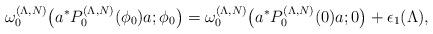
LaTeX: \begin{align*}\omega_0^{(\Lambda,N)}\bigl(a^\ast P_0^{(\Lambda,N)}(\phi_0)a;\phi_0\bigr)=\omega_0^{(\Lambda,N)}\bigl(a^\ast P_0^{(\Lambda,N)}(0)a;0\bigr)+\epsilon_1(\Lambda),\end{align*}